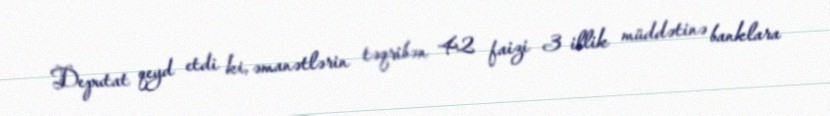
Deputat qeyd etdi ki, əmanətlərin təqribən 42 faizi 3 illik müddətinə banklara